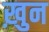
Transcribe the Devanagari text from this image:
ख़ुन